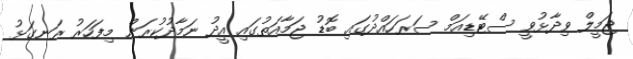
ޖަމީލް ވިދާޅުވީ ސްޓޭޑިއަމް ސަރަހައްދުގައި ބޮޑު ޖަމާއަތުގައި އީދު ނަމާދުކުރަން މިފަހަރު ރަނގަޅު